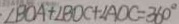
\angle B O A + \angle B D C + \angle A O C = 3 6 0 ^ { \circ }